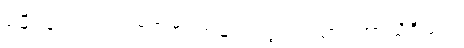
မမှီဝဲလေလင့်။ ကုပိတံ၊ အမျက်ထွက်သော။ အာသိဝိသံဝ၊